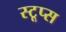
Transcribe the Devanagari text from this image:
स्टूप्स